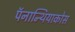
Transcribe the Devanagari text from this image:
पॅनान्थियाकोस